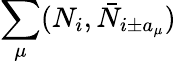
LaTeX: \sum_{\mu}(N_{i},\bar{N}_{i\pm a_{\mu}})